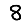
Digit: 8